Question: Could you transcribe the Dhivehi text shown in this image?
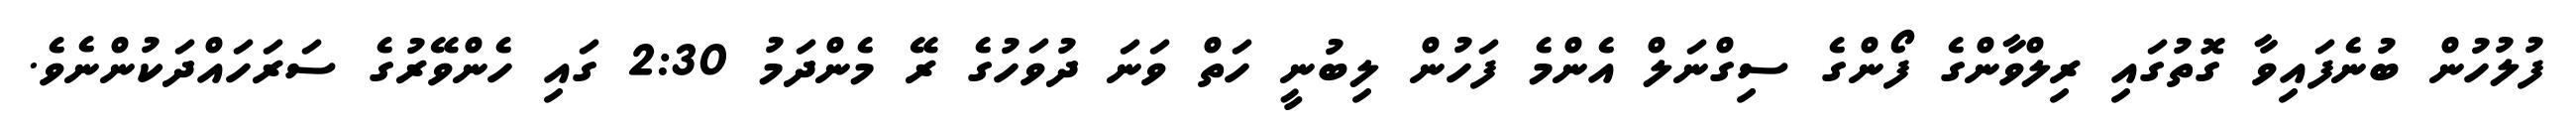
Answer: ފުލުހުން ބުނެފައިވާ ގޮތުގައި ރިލްވާންގެ ފޯންގެ ސިގްނަލް އެންމެ ފަހުން ލިބުނީ ހަތް ވަނަ ދުވަހުގެ ރޭ މެންދަމު 2:30 ގައި ހެންވޭރުގެ ސަރަހައްދަކުންނެވެ.